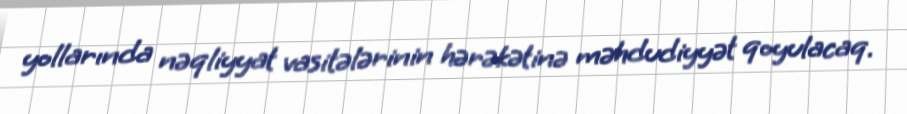
yollarında nəqliyyat vasitələrinin hərəkətinə məhdudiyyət qoyulacaq.